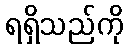
ရရှိသည်ကို